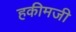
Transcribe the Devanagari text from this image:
हकीमजी